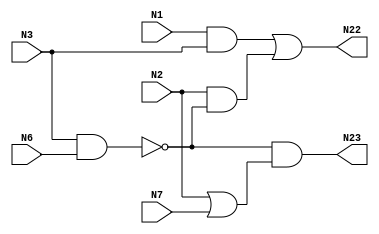
module top( N1 , N2 , N3 , N6 , N7 , N22 , N23 );
  input N1 , N2 , N3 , N6 , N7 ;
  output N22 , N23 ;
  wire n6 , n7 , n8 , n9 , n10 , n11 ;
  assign n6 = N1 & N3 ;
  assign n7 = N3 & N6 ;
  assign n8 = N2 & ~n7 ;
  assign n9 = n6 | n8 ;
  assign n10 = N2 | N7 ;
  assign n11 = ~n7 & n10 ;
  assign N22 = n9 ;
  assign N23 = n11 ;
endmodule